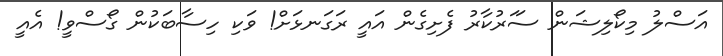
އަސްލު މިކޯލިޝަން ސަަރުކާރު ފެށިގެން އައީ ރަގަނޅަށް! ވަކި ހިސާބަކުން ގޯސްވީ! އެއީ